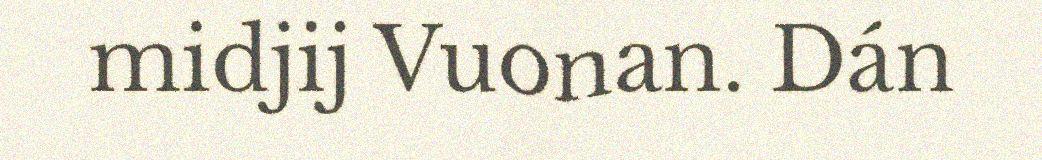
midjij Vuonan. Dán